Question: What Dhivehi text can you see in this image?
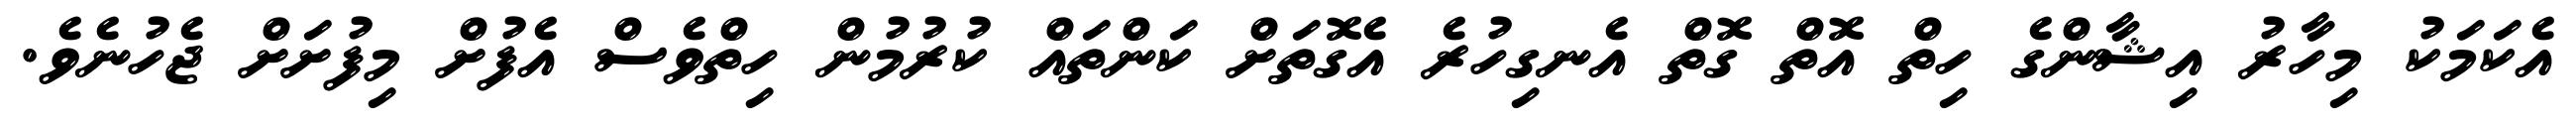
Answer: އެކަމަކު މިހާރު އިޝާންގެ ހިތް އޮތް ގޮތް އެނގިހުރެ އެގޮތަށް ކަންތައް ކުރުމުން ހިތްވެސް އެފުށް މިފުށަށް ޖެހުނެވެ.